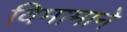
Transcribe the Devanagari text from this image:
विमामाने